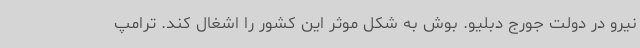
نیرو در دولت جورج دبلیو. بوش به شکل موثر این کشور را اشغال کند. ترامپ